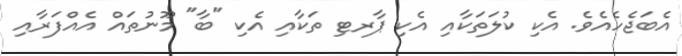
އެބަޖެހެއެވެ. އެކި ކުލަތަކާއި އެކި ޕާރޓި ތަކާއި އެކި "ބާ" މޫނުތައް އެއްފަރާއި